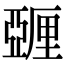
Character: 𬪿